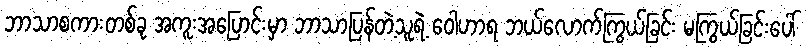
ဘာသာစကားတစ်ခု အကူးအပြောင်းမှာ ဘာသာပြန်တဲ့သူရဲ့ ဝေါဟာရ ဘယ်လောက်ကြွယ်ခြင်း မကြွယ်ခြင်းပေါ်